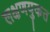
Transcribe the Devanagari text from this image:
लक्षणयुकत